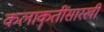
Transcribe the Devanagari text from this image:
कलाकॄतींसारखी